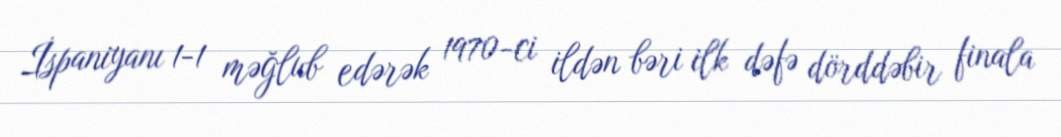
İspaniyanı 1-1 məğlub edərək 1970-ci ildən bəri ilk dəfə dörddəbir finala